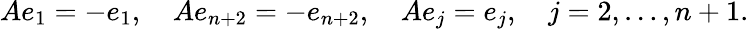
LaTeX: Ae_{1}=-e_{1},\quad Ae_{n+2}=-e_{n+2},\quad Ae_{j}=e_{j},\quad j=2,\ldots,n+1.